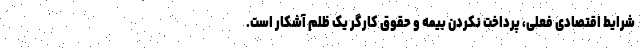
شرایط اقتصادی فعلی، پرداخت نکردن بیمه و حقوق کارگر یک ظلم آشکار است.